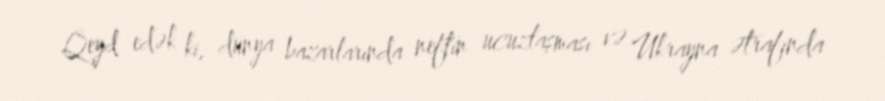
Qeyd edək ki, dünya bazarlarında neftin ucuzlaşması və Ukrayna ətrafında